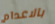
بالاعدام